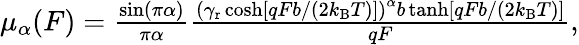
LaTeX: \begin{array}{r}{\mu_{\alpha}(F)=\frac{\sin(\pi\alpha)}{\pi\alpha}\frac{\left(\gamma_{\mathrm{r}}\cosh\left[qFb/(2k_{\mathrm{B}}T)\right]\right)^{\alpha}b\operatorname{tanh}[qFb/(2k_{\mathrm{B}}T)]}{qF},}\end{array}